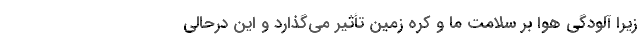
زیرا آلودگی هوا بر سلامت ما و کره زمین تأثیر می‌گذارد و این درحالی